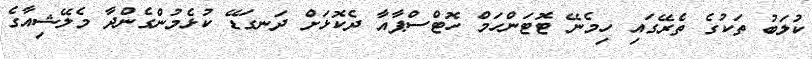
ކުލަބު ތަކުގެ ތެރޭގައި ހިމެނޭ ޓޮޓަންހަމް ހޮޓްސްޕާއާ ދެކޮޅަށް ދަނގަޑޭ ކުޅެމުންގެންދާ މެލޭޝިއާގެ